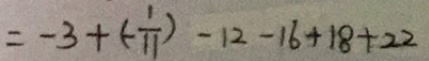
= - 3 + ( - \frac { 1 } { 1 1 } ) - 1 2 - 1 6 + 1 8 + 2 2